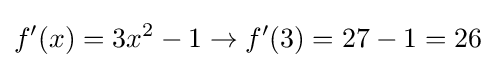
f'(x)=3x^{2}-1\rightarrow f'(3)=27-1=26